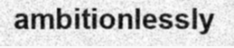
ambitionlessly